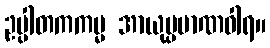
ဥပ္ပါတကကမ္မ အာယုပ္ပမာဏဝါရ။